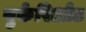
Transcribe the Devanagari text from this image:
युकेरिओट